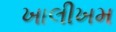
ખાલીખમ